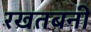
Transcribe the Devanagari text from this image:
रखतबनी